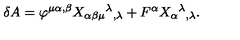
\delta A = \varphi ^ { \mu \alpha , \beta } X _ { \alpha \beta \mu } { } ^ { \lambda } { } _ { , \lambda } + F ^ { \alpha } X _ { \alpha } { } ^ { \lambda } { } _ { , \lambda } .